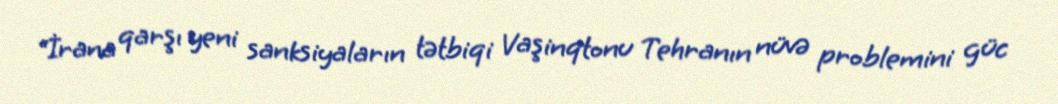
“İrana qarşı yeni sanksiyaların tətbiqi Vaşinqtonu Tehranın nüvə problemini güc